Vaccination in the Punjab 1897-1904 - 1897-1904
Year: 1897
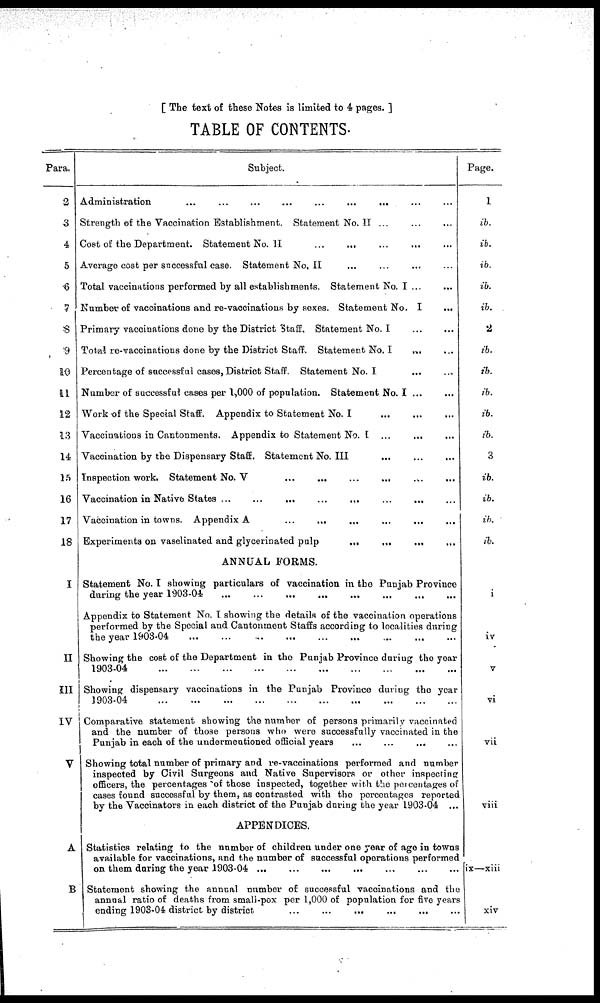
[ The text of these Notes is limited to 4 pages. ]
TABLE OF CONTENTS.
Para.
2
3
4
5
6
7
8
9
10
11
12
13
14
15
16
17
18
I
II
III
IV
V
A
B
Subject.
Administration ... ... ... ... ... ... ... ... ...
Strength of the Vaccination Establishment. Statement No.II ... ... ...
Cost of the Department. Statement No.II ... ... ... ...
Average cost per successful case. Statement No. II ... ... ... ...
Total vaccinations performed by all establishments. Statement No. I ... ...
Number of vaccinations and re-vaccinations by sexes. Statement No. I ...
Primary vaccinations done by the District Staff. Statement No. I ... ...
Total re-vaccinations done by the District Staff. Statement No. I ... ...
Percentage of successful cases, District Staff. Statement No. I ... ...
Number of successful cases per 1,000 of population. Statement No. I ... ...
Work of the Special Staff. Appendix to Statement No. I ... ... ...
Vaccinations in Cantonments. Appendix to Statement No. I ... ... ...
Vaccination by the Dispensary Staff. Statement No. III ... ...
Inspection work. Statement No. V
...
...
...
...
...
...
Vaccination in Native States ...
...
...
...
...
...
...
Vaccination in towns. Appendix A
...
...
...
...
...
Experiments on vaselinated and glycerinated palp
...
...
...
ANNUAL FORMS.
Statement No. I showing particulars of vaccination in the Punjab Province
during the year 1903-04
...
...
...
...
...
...
Appendix to Statement No. I showing the details of the vaccination operations
performed by the Special and Cantonment Staffs according to localities during
the year 1903-04
...
...
...
...
...
...
...
...
...
Showing the cost of the Department in the Punjab Province during the year
1903-04 ... ... ... ... ... ... ... ... ...
Showing dispensary vaccinations in the Punjab Province during the year
1903-04
...
...
...
...
...
...
...
...
...
Comparative statement showing the number of persons primarily vaccinated
and the number of those persons who were successfully vaccinated in the
Punjab in each of the undermentioned official years ... ... ... ...
Showing total number of primary and re-vaccinations performed and number
inspected by Civil Surgeons and Native Supervisors or other inspecting
officers, the percentages of those inspected, together with the percentages of
cases found successful by them, as contrasted with the percentages reported
by the Vaccinators in each district of the Punjab during the year 1903-04 ...
APPENDICES.
Statistics relating to the number of children under one year of age in towns
available for vaccinations, and the number of successful operations performed
on them daring the year 1903-04 ... ... ... ... ...
Statement showing the annual number of successful vaccinations and the
annual ratio of deaths from small-pox per 1,000 of population for five years
ending 1903-04 district by district ... ... ... ... ... ...
Page.
1
ib.
ib.
ib.
ib.
ib.
'2
ib.
ib.
ib.
ib.
ib.
3
ib.
ib.
ib.
ib.
i
iv
v
vi
vii
viii
ix—xiii
xiv